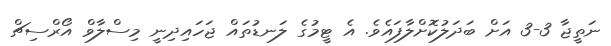
ނަތީޖާ 3-3 އަށް ބަދަލުކޮށްލާފައެވެ. އެ ޓީމުގެ ލަނޑުތައް ޖަހައިދިނީ މިސްލާވް އޯރްސިޗް